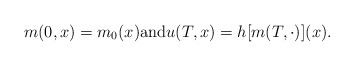
\begin{align*} m(0,x)=m_0(x)\hbox{and}u(T,x) = h[m(T,\cdot)] (x) .\end{align*}